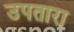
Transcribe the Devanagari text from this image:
उपतारा